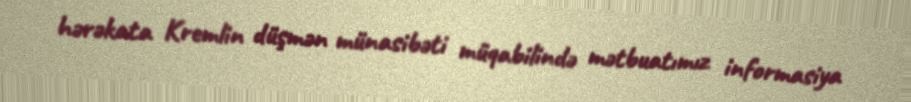
hərəkata Kremlin düşmən münasibəti müqabilində mətbuatımız informasiya